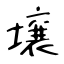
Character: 壌